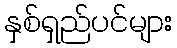
နှစ်ရှည်ပင်များ